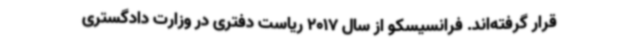
قرار گرفته‌اند. فرانسیسکو از سال 2017 ریاست دفتری در وزارت دادگستری